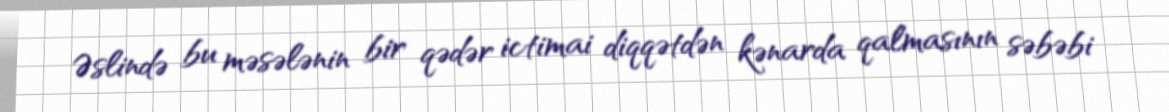
Əslində bu məsələnin bir qədər ictimai diqqətdən kənarda qalmasının səbəbi